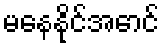
မနေနိုင်အောင်